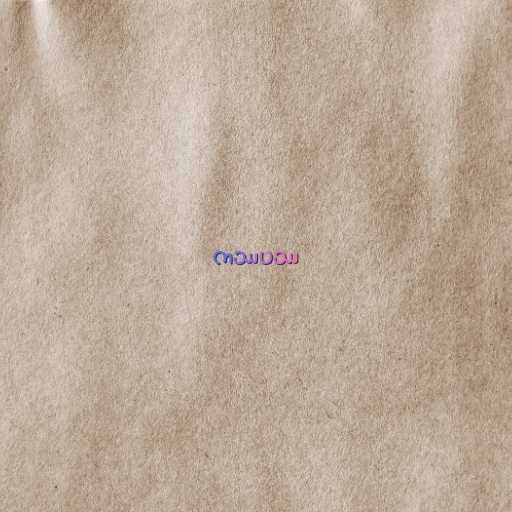
ကဿပဿ